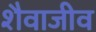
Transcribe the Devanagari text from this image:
शैवाजीव